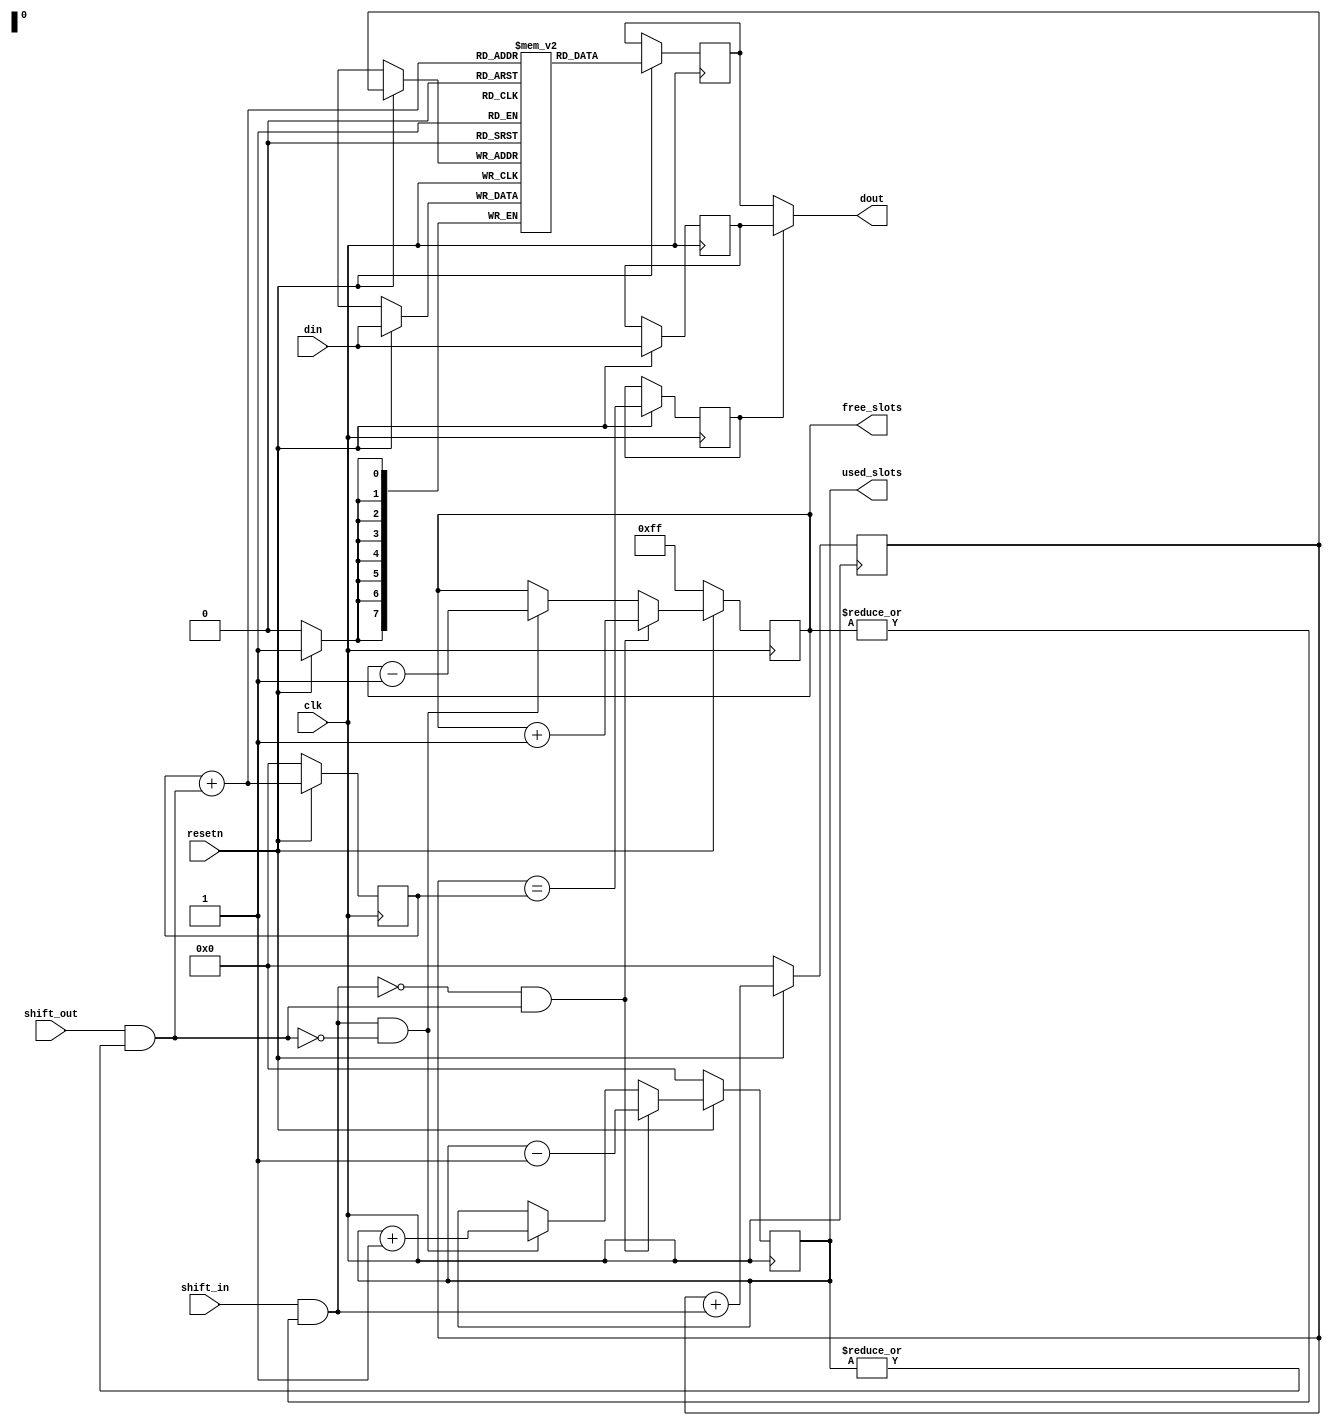
module icosoc_mod_rs232_fifo (
	input clk,
	input resetn,
	input [7:0] din,
	output [7:0] dout,
	input shift_in,
	input shift_out,
	output reg [7:0] used_slots,
	output reg [7:0] free_slots
);
	reg [7:0] memory [0:255];
	reg [7:0] wptr, rptr;
	reg [7:0] memory_dout;
	reg [7:0] pass_dout;
	reg use_pass_dout;
	assign dout = use_pass_dout ? pass_dout : memory_dout;
	wire do_shift_in = shift_in && |free_slots;
	wire do_shift_out = shift_out && |used_slots;
	always @(posedge clk) begin
		if (!resetn) begin
			wptr <= 0;
			rptr <= 0;
			used_slots <= 0;
			free_slots <= 255;
		end else begin
			memory[wptr] <= din;
			wptr <= wptr + do_shift_in;
			memory_dout <= memory[rptr + do_shift_out];
			rptr <= rptr + do_shift_out;
			use_pass_dout <= wptr == rptr;
			pass_dout <= din;
			if (do_shift_in && !do_shift_out) begin
				used_slots <= used_slots + 1;
				free_slots <= free_slots - 1;
			end
			if (!do_shift_in && do_shift_out) begin
				used_slots <= used_slots - 1;
				free_slots <= free_slots + 1;
			end
		end
	end
endmodule